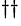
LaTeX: ^{\dagger\dagger}